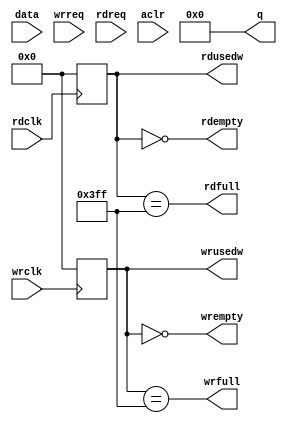
// Model of FIFO in Altera

module fifo( data, wrreq, rdreq, rdclk, wrclk, aclr, q,
		    rdfull, rdempty, rdusedw, wrfull, wrempty, wrusedw);
   
   parameter width = 16;
   parameter depth = 1024;
   parameter addr_bits = 10;
   
   //`define rd_req 0;  // Set this to 0 for rd_ack, 1 for rd_req
   
   input [width-1:0] data;
   input 	     wrreq;
   input 	     rdreq;
   input 	     rdclk;
   input 	     wrclk;
   input 	     aclr;
   output [width-1:0] q;
   output 	      rdfull;
   output 	      rdempty;
   output reg [addr_bits-1:0]  rdusedw;
   output wrfull;
   output wrempty;
   output reg [addr_bits-1:0]  wrusedw;
   
   reg [width-1:0] mem [0:depth-1];
   reg [addr_bits-1:0] 	      rdptr;
   reg [addr_bits-1:0] 	      wrptr;
   
`ifdef rd_req
   reg [width-1:0]    q;
`else
   wire [width-1:0]   q;
`endif
   
   integer 	      i;
   
   always @( aclr)
     begin
	wrptr <= #1 0;
	rdptr <= #1 0;
	for(i=0;i<depth;i=i+1)
	  mem[i] <= #1 0;
     end
   
   always @(posedge wrclk)
     if(wrreq)
       begin
	  wrptr <= #1 wrptr+1;
	  mem[wrptr] <= #1 data;
       end
   
   always @(posedge rdclk)
     if(rdreq)
       begin
   	  rdptr <= #1 rdptr+1;
`ifdef rd_req
	  q <= #1 mem[rdptr];
`endif
       end
   
`ifdef rd_req
`else
   assign q = mem[rdptr];
`endif
   
   // Fix these
   always @(posedge wrclk)
     wrusedw <= #1 wrptr - rdptr;
   
   always @(posedge rdclk)
     rdusedw <= #1 wrptr - rdptr;
   
   assign wrempty = (wrusedw == 0);
   assign wrfull = (wrusedw == depth-1);
   
   assign rdempty = (rdusedw == 0);
   assign rdfull = (rdusedw == depth-1);
   
endmodule // fifo